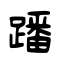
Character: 蹯